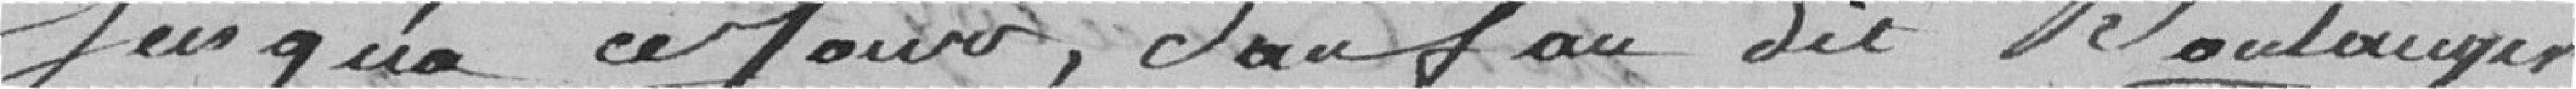
jusqu'à ce jour, sauf au dit Boulanger